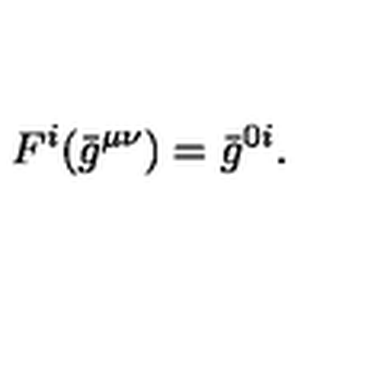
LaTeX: { } F ^ { i } ( { \bar { g } } ^ { \mu \nu } ) = { \bar { g } } ^ { 0 i } .